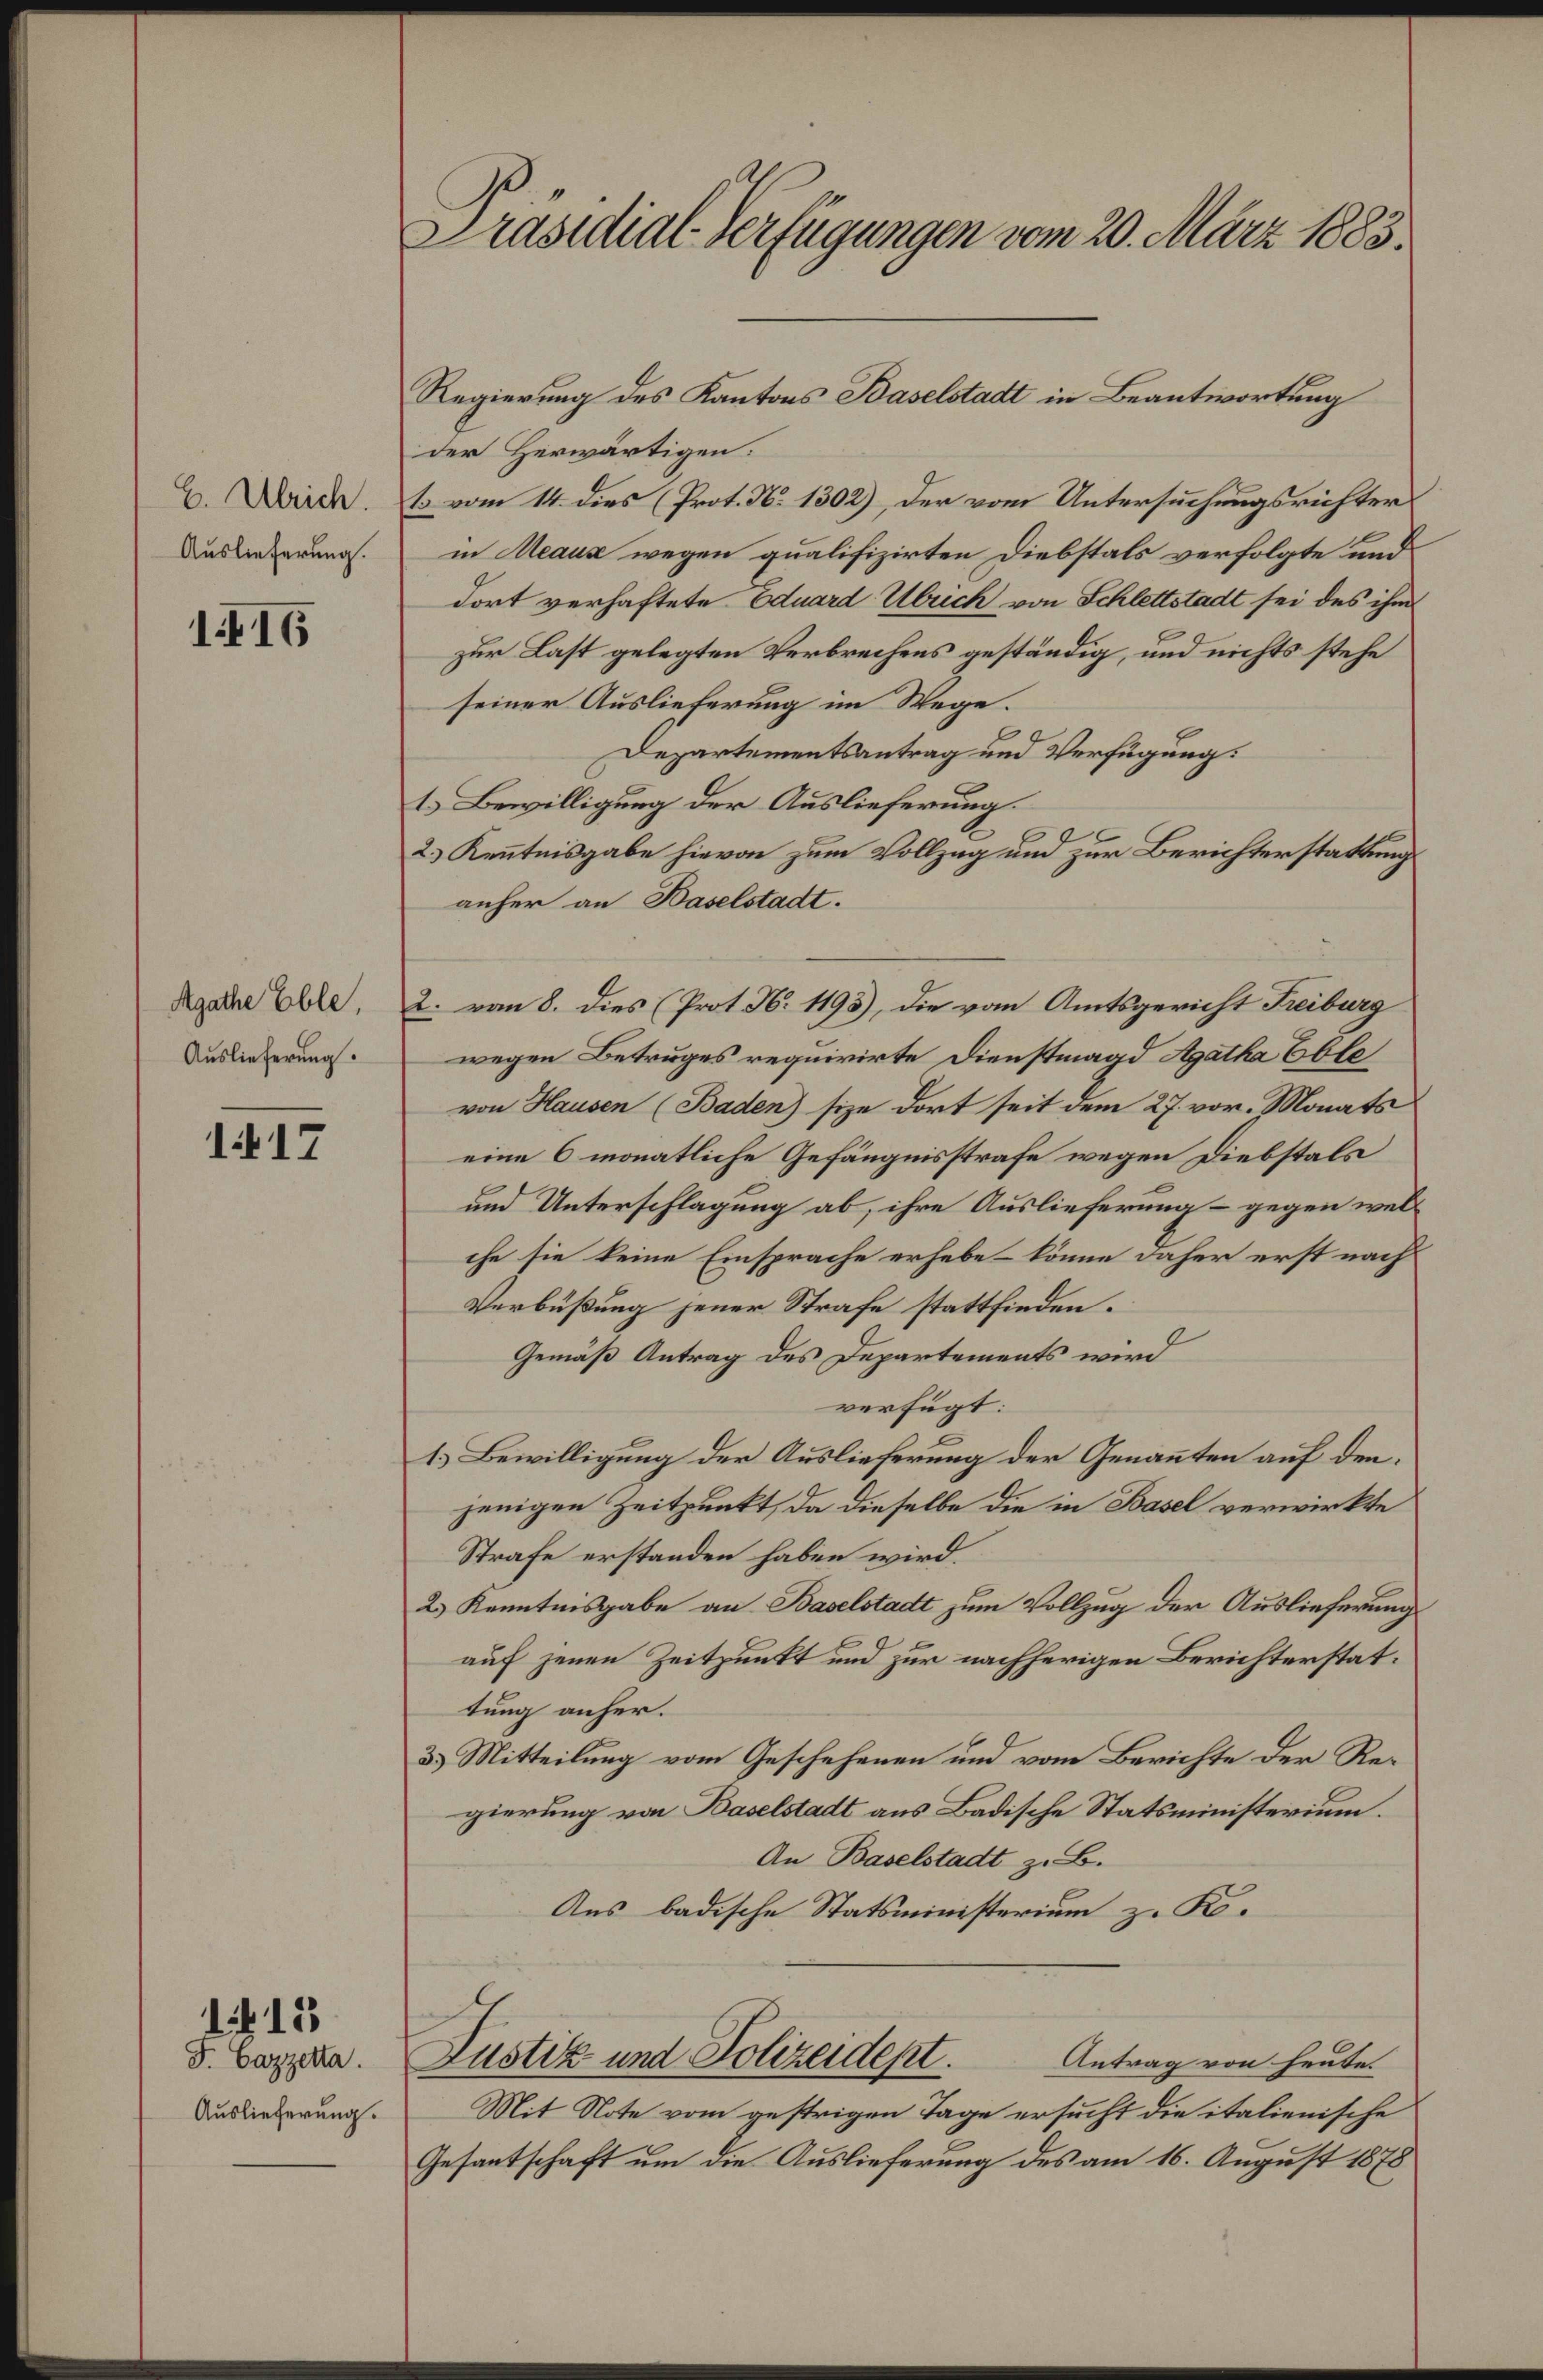
E. Ulrich.
Auslieferung.

1416

Agathe Eble,
Auslieferung.

17

F. Cazzetta.
Auslieferung.

1 15

Präsidial-Verfügungen vom 20. März 1883.

der Herwärtigen.
Es vom 14. dies (Prot. N. 1302), der vom Untersuchungsrichter
in Reaus wegen qualifizirten Diebstals verfolgte und
dort verhaftete Eduard Ulrich von Schlettstadt sei des ihm
zur Last gelegten Verbrechens geständig, und nichts stehe
seiner Auslieferung im Wege.
Departementsantrag und Verfügung:
t. Bewilligung der Auslieferung
2.) Kenntnisgabe hievon zum Vollzug und zur Berichterstattung
anher an Haselstadt.
2. von 8. dies (Prot. N. 1198), die vom Amtsgericht Freiburg
wegen Betruges requirirte Dienstmagd Agatha Eble
von Hausen (Baden) size dort seit dem 27. vor. Monats
eine 6 monatliche Gefängnisstrafe wegen Diebstals
und Unterschlagung ab, ihre Auslieferung – gegen welche sie keine Einsprache erhebe – könne daher erst nach
Verbüßung jener Strafe stattfinden.
Gemäß Antrag des Departements wird
verfügt:
1.) Bewilligung der Auslieferung der Genannten auf den
jenigen Zeitpunkt, da dieselbe die in Basel verwirkte
Strafe erstanden haben wird.
2.) Kenntnisgabe an Baselstadt zum Vollzug der Auslieferung
auf jenen Zeitpunkt und zur nachherigen Berichterstattung anher.
3.) Mitteilung vom Geschehenen und vom Berichte der Regierung von Baselstadt aus Badische Statsministerium.
An Baselstadt z. B.
Aus badische Statsministerium z. K.
Justiz und Polizeidept.
Antrag von heute.
Mit Note vom gestrigen Tage ersucht die italienische
Gesantschaft um die Auslieferung des am 16. August 1878

Regierung des Kantons Baselstadt in Beantwortung